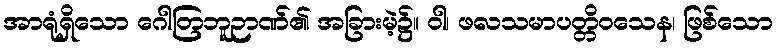
အာရုံရှိသော ဂေါတြဘူဉာဏ်၏ အခြားမဲ့၌။ ဝါ၊ ဖလသမာပတ္တိဝသေန၊ ဖြစ်သော